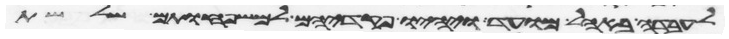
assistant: לעבדה באהל מועד ויהיו פקדיהם למשפחותם שלשת